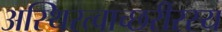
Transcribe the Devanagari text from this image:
अस्थिरत्वाच्छरीरस्य